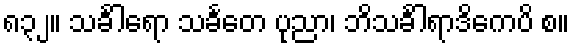
၈၃၂။ သင်္ခါရော သင်္ခတေ ပုညာ၊ ဘိသင်္ခါရာဒိကေပိ စ။